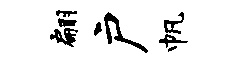
翩户帆